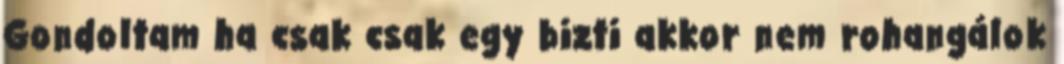
Gondoltam ha csak csak egy bizti akkor nem rohangálok